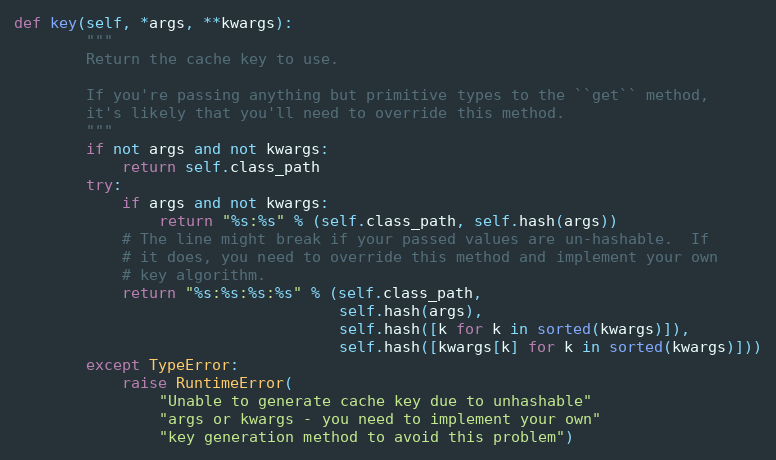
Language: Python
def key(self, *args, **kwargs):
        """
        Return the cache key to use.

        If you're passing anything but primitive types to the ``get`` method,
        it's likely that you'll need to override this method.
        """
        if not args and not kwargs:
            return self.class_path
        try:
            if args and not kwargs:
                return "%s:%s" % (self.class_path, self.hash(args))
            # The line might break if your passed values are un-hashable.  If
            # it does, you need to override this method and implement your own
            # key algorithm.
            return "%s:%s:%s:%s" % (self.class_path,
                                    self.hash(args),
                                    self.hash([k for k in sorted(kwargs)]),
                                    self.hash([kwargs[k] for k in sorted(kwargs)]))
        except TypeError:
            raise RuntimeError(
                "Unable to generate cache key due to unhashable"
                "args or kwargs - you need to implement your own"
                "key generation method to avoid this problem")